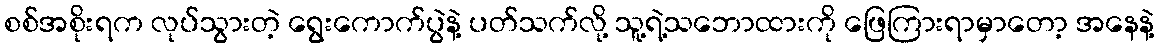
စစ်အစိုးရက လုပ်သွားတဲ့ ရွေးကောက်ပွဲနဲ့ ပတ်သက်လို့ သူ့ရဲ့သဘောထားကို ဖြေကြားရာမှာတော့ အနေနဲ့